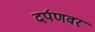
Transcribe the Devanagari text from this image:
दर्पणवर